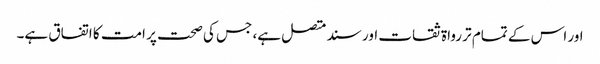
اور اس کے تمام تر رواۃ ثقات اور سند متصل ہے، جس کی صحت پر امت کا اتفاق ہے۔